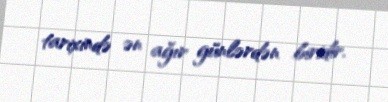
tarixində ən ağır günlərdən biridir.